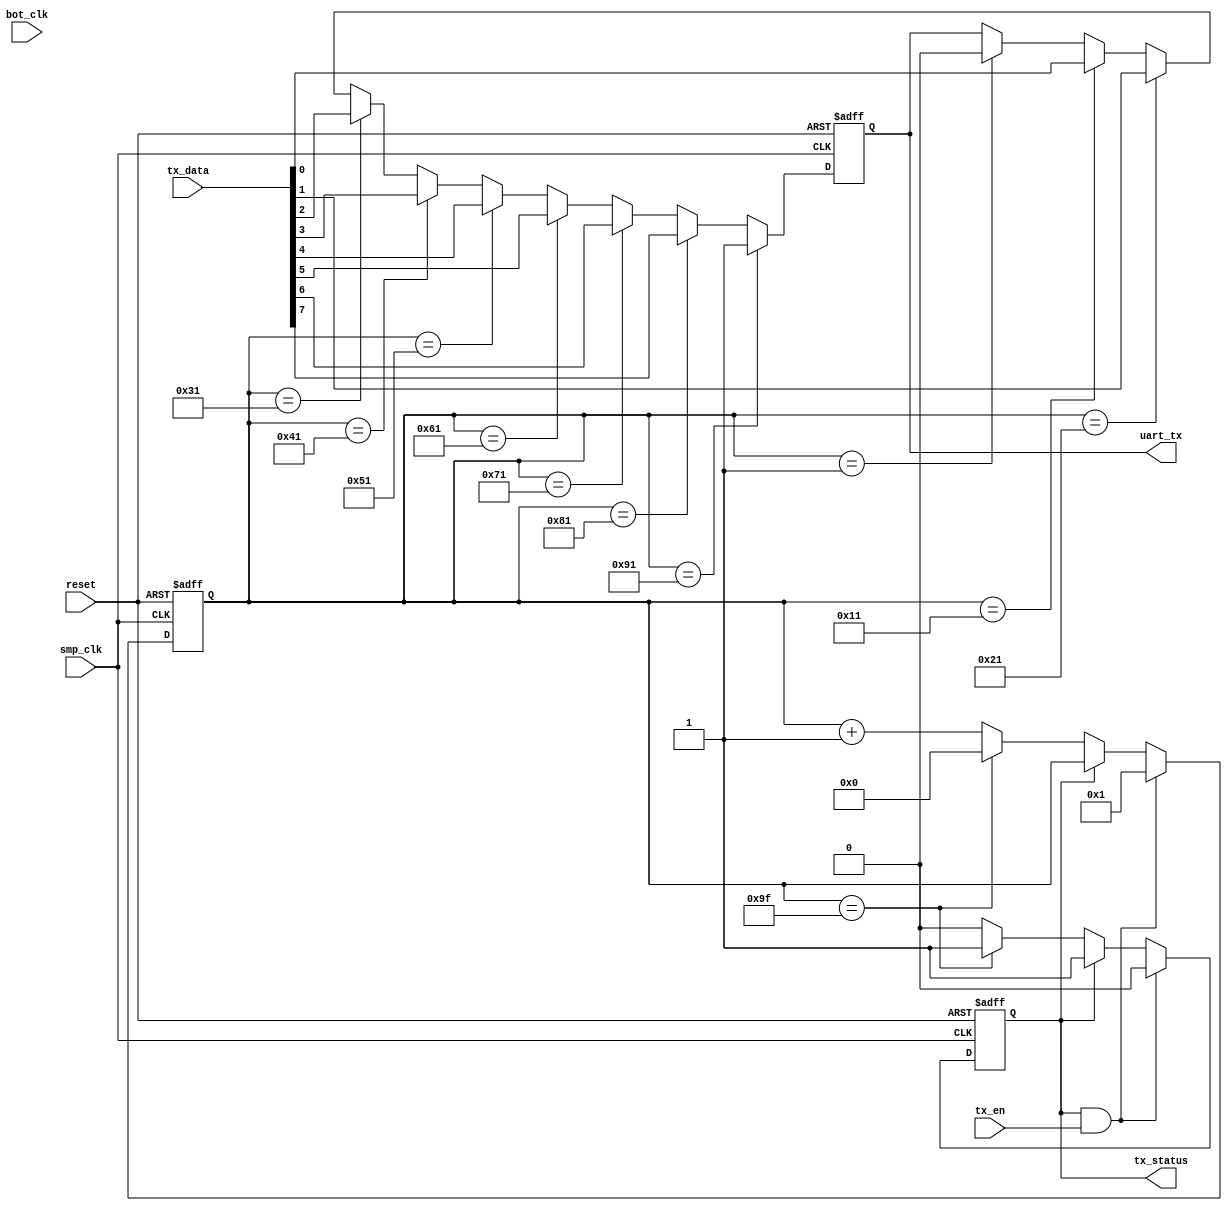
module Sender(
  input smp_clk,
  input tx_en,
  input bot_clk,
  input[7:0] tx_data,
  input reset,
  output reg uart_tx,
  output reg tx_status
);  reg [7:0] sect_lim,sect_ctr;

  initial
  begin
    sect_lim=8'b10100000-1'b1;sect_ctr=8'b0;tx_status=1;
  end
  always@(posedge smp_clk or negedge reset)
  begin
  if(~reset)
  begin
    sect_ctr<=0;tx_status<=1;
  end
  else begin
    if((tx_status)&&(tx_en))
    begin
      tx_status<=0;sect_ctr<=8'b00000001;
    end
    else if(tx_status==0)
    begin
      if(sect_ctr==sect_lim)
      begin
        tx_status<=1;sect_ctr<=0;
      end
      else sect_ctr<=sect_ctr+1'b1;
    end
  end
  end
  always@(posedge smp_clk or negedge reset)
  begin
  if(~reset)
  begin
    uart_tx<=1;
  end
  else begin
    if (sect_ctr==8'b00000001) uart_tx<=0;
    if (sect_ctr==8'b00010001) uart_tx<=tx_data[0];
    if (sect_ctr==8'b00100001) uart_tx<=tx_data[1];
    if (sect_ctr==8'b00110001) uart_tx<=tx_data[2];
    if (sect_ctr==8'b01000001) uart_tx<=tx_data[3];
    if (sect_ctr==8'b01010001) uart_tx<=tx_data[4];
    if (sect_ctr==8'b01100001) uart_tx<=tx_data[5];
    if (sect_ctr==8'b01110001) uart_tx<=tx_data[6];
    if (sect_ctr==8'b10000001) uart_tx<=tx_data[7];
    if (sect_ctr==8'b10010001) uart_tx<=1;
  end
  end
endmodule